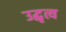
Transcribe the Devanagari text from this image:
उद्धृत्य